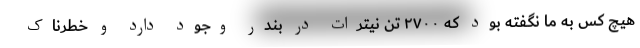
هیچ کس به ما نگفته بود که ۲۷۰۰ تن نیترات در بندر وجود دارد و خطرناک